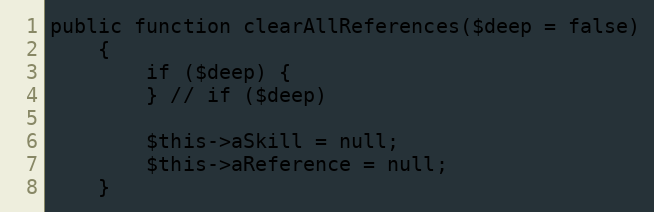
Language: PHP
public function clearAllReferences($deep = false)
    {
        if ($deep) {
        } // if ($deep)

        $this->aSkill = null;
        $this->aReference = null;
    }